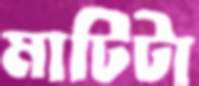
মাটিটা